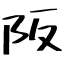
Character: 阪